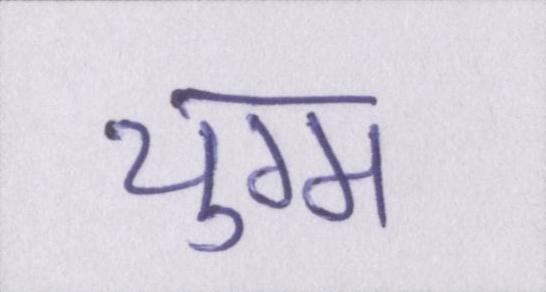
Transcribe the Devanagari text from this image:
युग्म